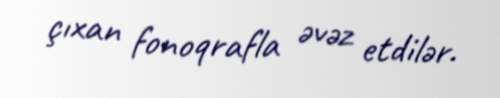
çıxan fonoqrafla əvəz etdilər.